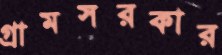
গ্রামসরকার